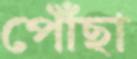
পৌঁছা